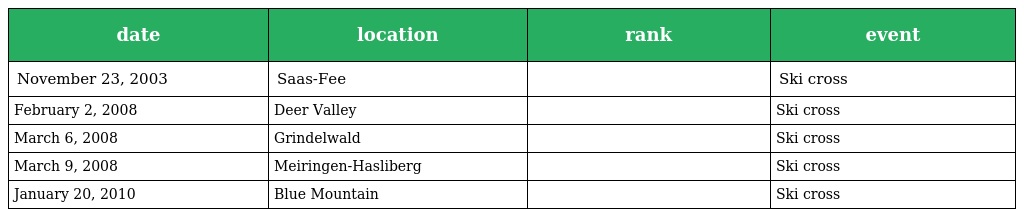
| date | location | rank | event |
 | --- | --- | --- | --- |
 | November 23, 2003 | Saas-Fee |  | Ski cross |
 | February 2, 2008 | Deer Valley |  | Ski cross |
 | March 6, 2008 | Grindelwald |  | Ski cross |
 | March 9, 2008 | Meiringen-Hasliberg |  | Ski cross |
 | January 20, 2010 | Blue Mountain |  | Ski cross |